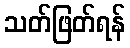
သတ်ဖြတ်ရန်